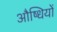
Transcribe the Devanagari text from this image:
औष्धियों